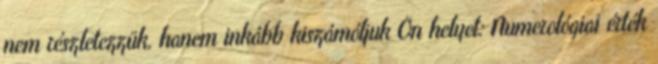
nem részletezzük, hanem inkább kiszámóljuk Ön helyet: Numerológiai érték